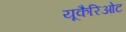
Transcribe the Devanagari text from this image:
यूकैरिओट